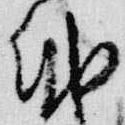
納